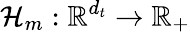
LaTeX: \mathcal{H}_{m}:\mathbb{R}^{d_{t}}\to\mathbb{R}_{+}